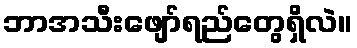
ဘာအသီးဖျော်ရည်တွေရှိလဲ။